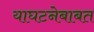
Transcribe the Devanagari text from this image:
याघटनेबाबत